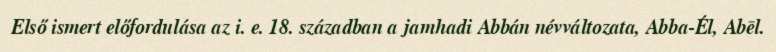
Első ismert előfordulása az i. e. 18. században a jamhadi Abbán névváltozata, Abba-Él, Abēl.